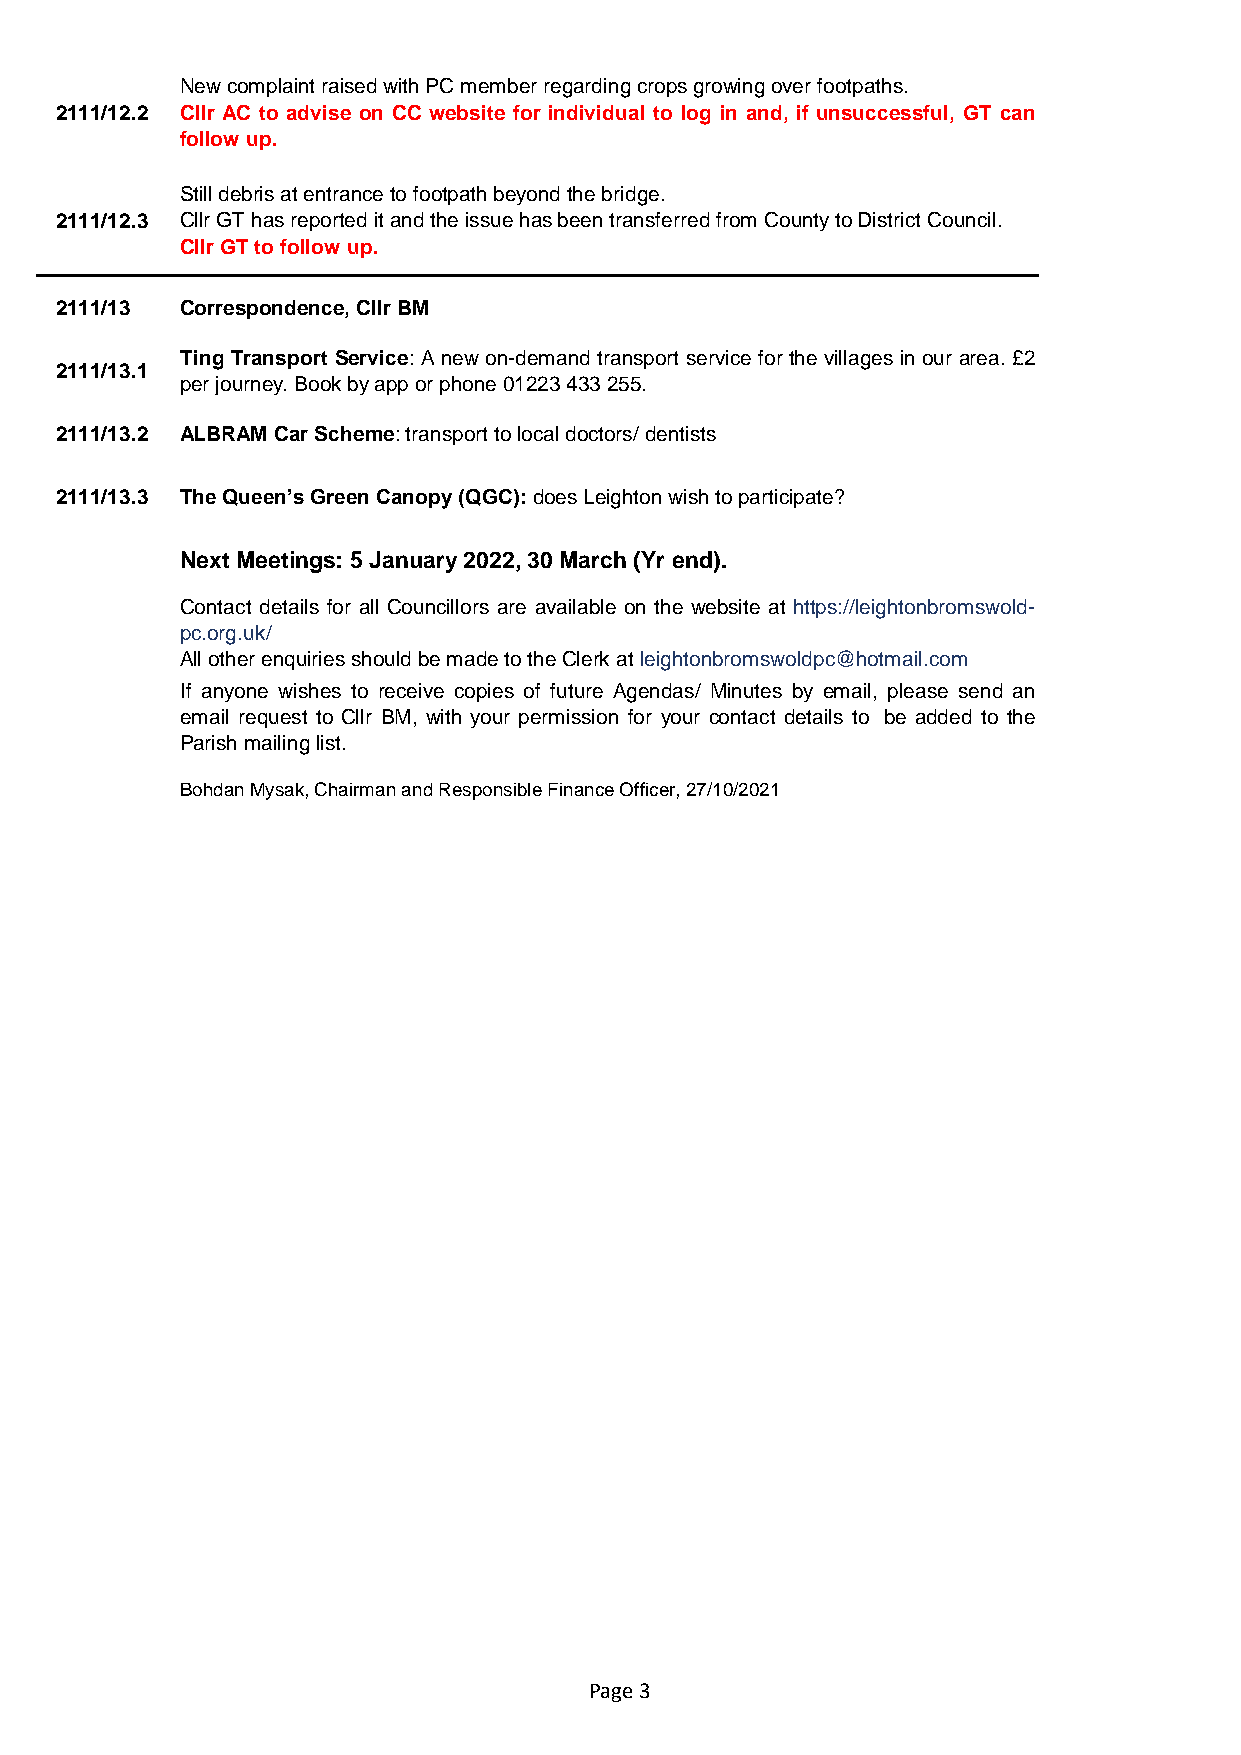
New complaint raised with PC member regarding crops growing over footpaths.
 2111/12.2 Cllr AC to advise on CC website for individual to log in and, if unsuccessful, GT can
 follow up.
 Still debris at entrance to footpath beyond the bridge.
 2111/12.3 Cllr GT has reported it and the issue has been transferred from County to District Council.
 Cllr GT to follow up.
 2111/13 Correspondence, Cllr BM
 Ting Transport Service: A new on-demand transport service for the villages in our area.£2
 2111/13.1
 per journey. Book by app or phone 01223 433 255.
 2111/13.2 ALBRAM Car Scheme: transport to local doctors/ dentists
 2111/13.3 The Queen’s Green Canopy (QGC): does Leighton wish to participate?
 Dates   Next Meetings: 5 January 2022, 30 March (Yr end).
 Contact details for all Councillors are available on the website at https://leightonbromswold-
 Contact pc.org.uk/
 All other enquiries should be made to the Clerk at leightonbromswoldpc@hotmail.com
 If anyone wishes to receive copies of future Agendas/ Minutes by email, please send an
 Contact email request to Cllr BM, with your permission for your contact details to be added to the
 Parish mailing list.
 Signed  Bohdan Mysak, Chairman and Responsible Finance Officer, 27/10/2021
 Page 3